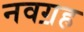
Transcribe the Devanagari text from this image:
नवॻह